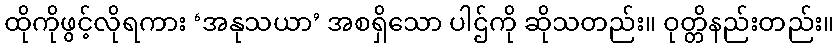
ထိုကိုဖွင့်လိုရကား ‘အနုသယာ’ အစရှိသော ပါဌ်ကို ဆိုသတည်း။ ဝုတ္တိနည်းတည်း။